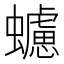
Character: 𧓻